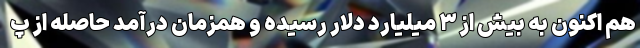
هم اکنون به بیش از ۳ میلیارد دلار رسیده و همزمان درآمد حاصله از پ